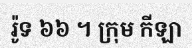
រ៉ូទ ៦៦ ។ ក្រុម កីឡា